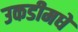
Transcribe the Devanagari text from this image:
उकडीमधे